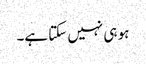
ہو ہی نہیں سکتا ہے۔